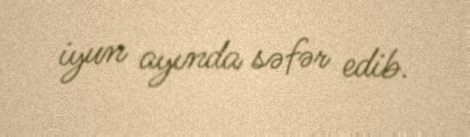
iyun ayında səfər edib.